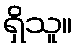
ရှိသူ။